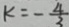
k = - \frac { 4 } { 3 }